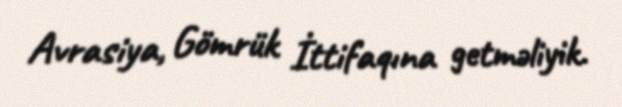
Avrasiya, Gömrük İttifaqına getməliyik.